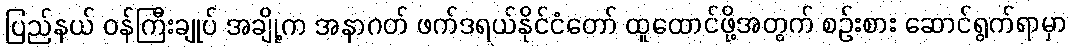
ပြည်နယ် ဝန်ကြီးချုပ် အချို့က အနာဂတ် ဖက်ဒရယ်နိုင်ငံတော် ထူထောင်ဖို့အတွက် စဉ်းစား ဆောင်ရွက်ရာမှာ